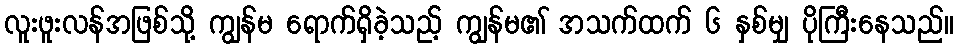
လူးဖူးလန်အဖြစ်သို့ ကျွန်မ ရောက်ရှိခဲ့သည့် ကျွန်မ၏ အသက်ထက် ၆ နှစ်မျှ ပိုကြီးနေသည်။